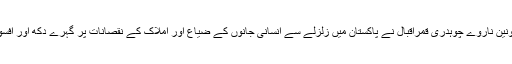
ر)چیئرمین پاکستان یونین ناروے چوہدری قمراقبال نے پاکستان میں زلزلے سے انسانی جانوں کے ضیاع اور املاک کے نقصانات پر گہرے دکھ اور افسوس کا اظہار کیا ہے۔